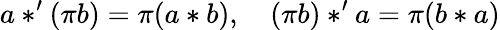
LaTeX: a*^{\prime}(\pi b)=\pi(a*b),\quad(\pi b)*^{\prime}a=\pi(b*a)